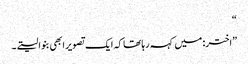
“
”اختر: میں کہہ رہا تھا کہ ایک تصویر ابھی بنوا لیتے۔